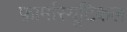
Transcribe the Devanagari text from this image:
फ़ार्मास्यूटिकल